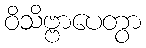
ဝိသိဗ္ဗာပေတွာ